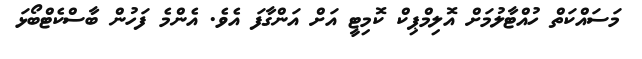
މަސައްކަތް ހުއްޓާލުމަށް އޮލިމްޕިކް ކޮމިޓީ އަށް އަންގާފަ އެވެ. އެންމެ ފަހުން ބާސްކެޓްބޯޅަ